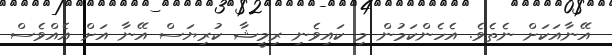
އޭނާއަކަށް ނެތެވެ. އެހެންކަމުން މި ކައިވެނި ރިމީޝާ ކުރިޔަސް އޭނާ އަށް އެއްވެސް